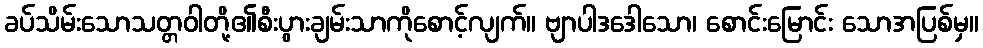
ခပ်သိမ်းသောသတ္တဝါတို့၏စီးပွားချမ်းသာကိုစောင့်လျက်။ ဗျာပါဒဒေါသော၊ စောင်းမြောင်း သောအပြစ်မှ။